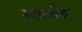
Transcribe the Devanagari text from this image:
काष्‍ठादिक